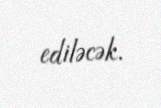
ediləcək.